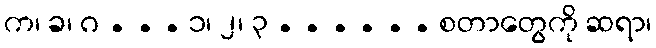
က၊ ခ၊ ဂ . . . ၁၊ ၂၊ ၃ . . . . . . စတာတွေကို ဆရာ၊